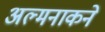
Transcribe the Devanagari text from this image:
अल्मनाकने